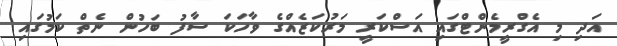
އަދި މި އެގްރީމެންޓްގައި އަސްކަރީ މަރުކަޒެއްގެ ވާހަކަ ސާފު ބަހުން ނެތް ކަމުގައި